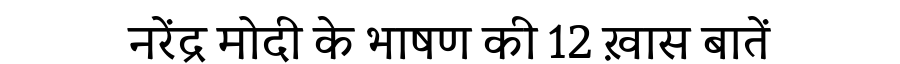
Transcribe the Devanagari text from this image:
नरेंद्र मोदी के भाषण की 12 ख़ास बातें